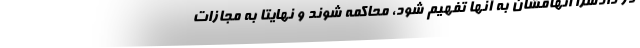
در دادسرا اتهامشان به آنها تفهیم شود، محاکمه شوند و نهایتا به مجازات